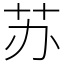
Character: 苏